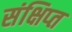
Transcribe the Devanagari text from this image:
संक्षिप्‍त